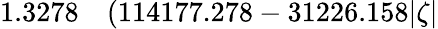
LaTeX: \begin{array}{rl}{1.3278}&{{}(114177.278-31226.158|\zeta|}\end{array}